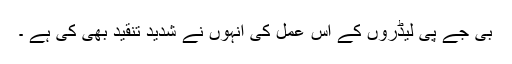
بی جے پی لیڈروں کے اس عمل کی انہوں نے شدید تنقید بھی کی ہے ۔